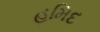
હમિદ